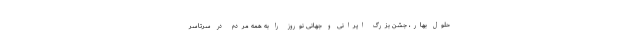
حلول بهار، جشن بزرگ ایرانی و جهانی نوروز را به همه مردم در سرتاسر